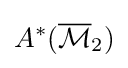
A^{*}({\overline {\mathcal {M}}}_{2})